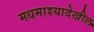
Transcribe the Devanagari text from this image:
मधमाश्यादेखील